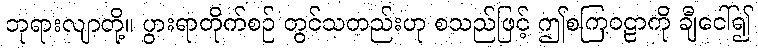
ဘုရားလျာတို့။ ပွားရာတိုက်စဉ် တွင်သတည်းဟု စသည်ဖြင့် ဤစကြဝဠာကို ချီငေါ်၍